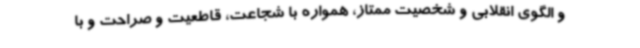
و الگوی انقلابی و شخصیت ممتاز، همواره با شجاعت، قاطعیت و صراحت و با